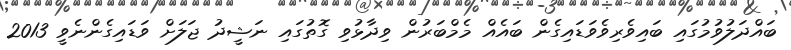
ބައްދަލުވުމުގައި ބައިވެރިވެވަޑައިގެން ބައެއް މެމްބަރުން ވިދާޅުވި ގޮތުގައި ނަޝީދު ޖަލަށް ވަޑައިގެންނެވީ 2013